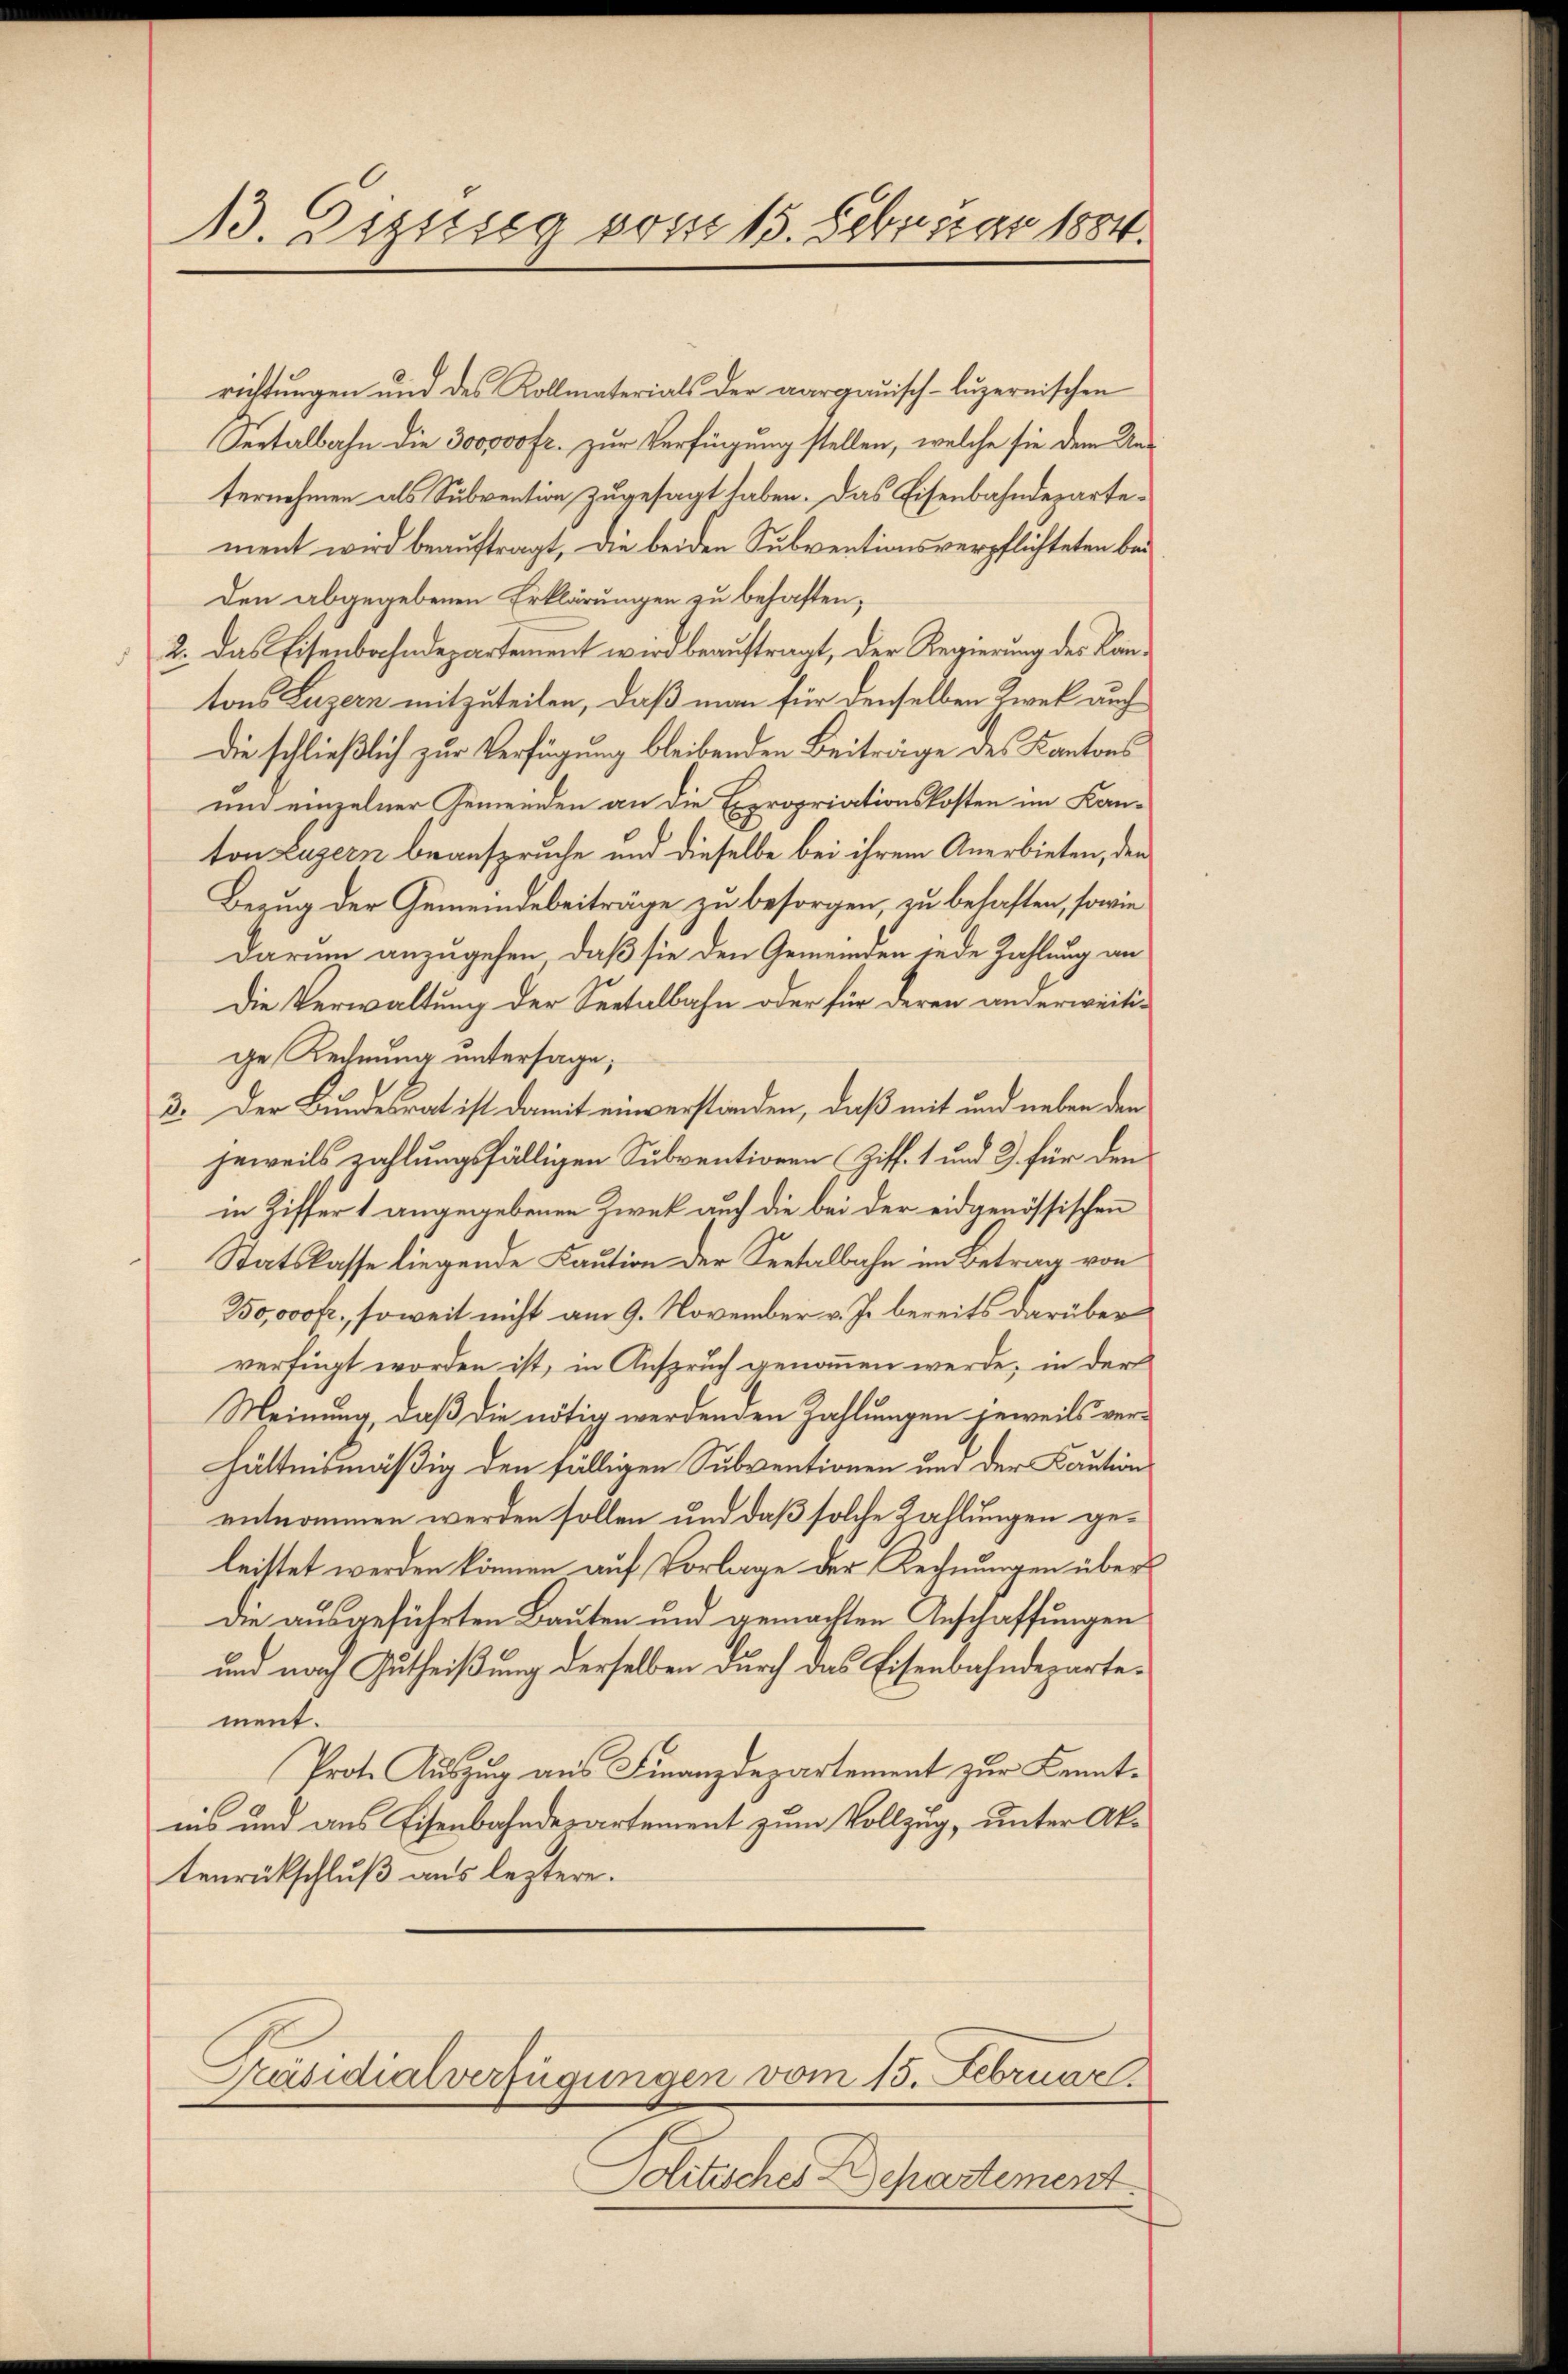
13. Dezisca vom 15. Februar 1884.

richtungen und des Kollmaterials der aargauisch-luzernischen
Seetalbahn die 300000 fr. zur Verfügung stellen, welche sie dem Unternehmen als Subvention zugesagt haben. Das Eisenbahndepartement wird beauftragt, die beiden Subventionsverpflichteten bei
Den abgegebenen Erklärungen zu behaften,
2. Das Eisenbahndepartement wird beauftragt, der Regierung des Kantons Luzern mitzuteilen, daß man für denselben Zwek auch
Die schließlich zur Verfügung bleibenden Beiträge des Kantons
und einzelner Gemeinden an die Expropriationskosten im Kanton Luzern beanspruche und dieselbe bei ihrem Anerbieten, den
Bezug der Gemeindebeiträge zu besorgen, zu behaften, sowie
darum anzugehen, daß sie den Gemeinden jede Zahlung an
Die Verwaltung der Seetalbahn oder für deren anderweitig
ge Rechnung untersage;
3. Der Bundesrat ist damit einverstanden, daß mit und neben den
jeweils zahlungsfälligen Subventionen Ziff. 1 und 3. für den
in Ziffer 1 angegebenen Zweck auch die bei der eidgenössischen
Statskasse liegende Kaution der Seetalbahn im Betrag von
3oovof, soweit nicht am 9. November v. J. bereits darüber
verfügt worden ist, in Anspruch genommen werde, in der
Meinung, daß die nötig werdenden Zahlungen jeweils verhältnismäßig den fälligen Subventionen und der Kaution
entnommen werden sollen und daß solche Zahlungen geleistet werden können auf Vorlage der Rechnungen über
die ausgeführten Bauten und gemachten Anschaffungen
und nach Gutheißung derselben durch das Eisenbahndepartement.
Prot. Auszug aus Finanzdepartement zur Kenntnis und aus Eisenbahnderartement zum Vollzug, unter Aktenrückschluß aus leztere.
Präsidialverfügungen vom 15. Februar.
Mitisches Departement.